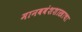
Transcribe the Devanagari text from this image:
मानववंशशास्त्राचा